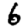
Digit: 6